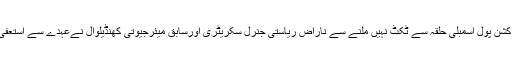
جے پورمیں کشن پول اسمبلی حلقہ سے ٹکٹ نہیں ملنے سے ناراض ریاستی جنرل سکریٹری اورسابق میئرجیوتی کھنڈیلوال نےعہدے سے استعفیٰ دے دیا ہے۔